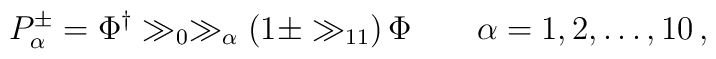
P^\pm_\alpha = \Phi^\dagger \gg_0 \gg_\alpha \left( 1 \pm \gg_{11} \right) \Phi \qquad \alpha=1,2,\dots,10\,,